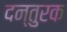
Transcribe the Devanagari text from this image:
दन्तुरक